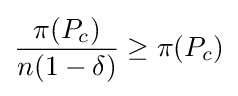
{\frac {\pi (P_{c})}{n(1-\delta )}}\geq \pi (P_{c})